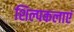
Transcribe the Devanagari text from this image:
शिल्पकलाएं